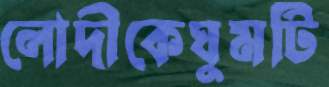
লোদীকেঘুমটি